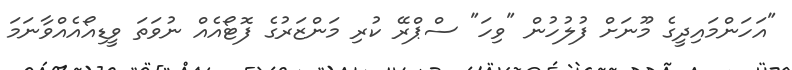
"އަހަންމައިދީގެ މޫނަށް ފުލުހުން "ވިހަ" ސްޕްރޭ ކުރި މަންޒަރުގެ ފޮޓޯއެއް ނުވަތަ ވީޑިއޯއެއްވާނަމަ